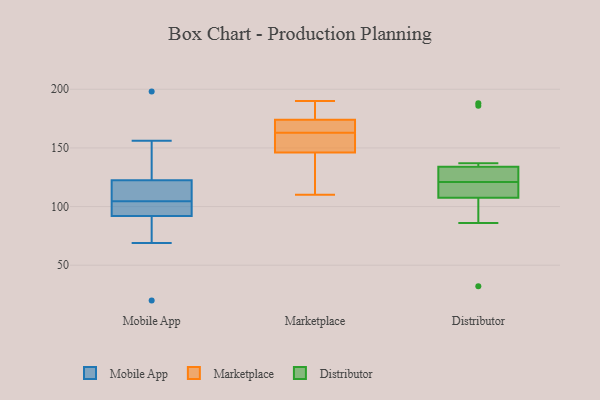
{"axis": {"x": "Population (Million)", "y": "Value"}, "legend": ["Distributor", "Marketplace", "Mobile App"], "data": [{"x": "", "y": 99, "type": "Mobile App"}, {"x": "", "y": 115, "type": "Mobile App"}, {"x": "", "y": 89, "type": "Mobile App"}, {"x": "", "y": 198, "type": "Mobile App"}, {"x": "", "y": 69, "type": "Mobile App"}, {"x": "", "y": 104, "type": "Mobile App"}, {"x": "", "y": 156, "type": "Mobile App"}, {"x": "", "y": 20, "type": "Mobile App"}, {"x": "", "y": 105, "type": "Mobile App"}, {"x": "", "y": 95, "type": "Mobile App"}, {"x": "", "y": 116, "type": "Mobile App"}, {"x": "", "y": 129, "type": "Mobile App"}, {"x": "", "y": 121, "type": "Marketplace"}, {"x": "", "y": 187, "type": "Marketplace"}, {"x": "", "y": 159, "type": "Marketplace"}, {"x": "", "y": 167, "type": "Marketplace"}, {"x": "", "y": 190, "type": "Marketplace"}, {"x": "", "y": 174, "type": "Marketplace"}, {"x": "", "y": 146, "type": "Marketplace"}, {"x": "", "y": 110, "type": "Marketplace"}, {"x": "", "y": 169, "type": "Marketplace"}, {"x": "", "y": 149, "type": "Marketplace"}, {"x": "", "y": 137, "type": "Distributor"}, {"x": "", "y": 188, "type": "Distributor"}, {"x": "", "y": 130, "type": "Distributor"}, {"x": "", "y": 117, "type": "Distributor"}, {"x": "", "y": 98, "type": "Distributor"}, {"x": "", "y": 186, "type": "Distributor"}, {"x": "", "y": 121, "type": "Distributor"}, {"x": "", "y": 118, "type": "Distributor"}, {"x": "", "y": 131, "type": "Distributor"}, {"x": "", "y": 121, "type": "Distributor"}, {"x": "", "y": 32, "type": "Distributor"}, {"x": "", "y": 86, "type": "Distributor"}]}